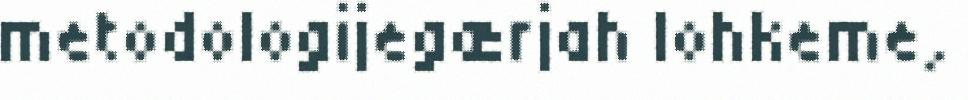
metodologijegærjah lohkeme,